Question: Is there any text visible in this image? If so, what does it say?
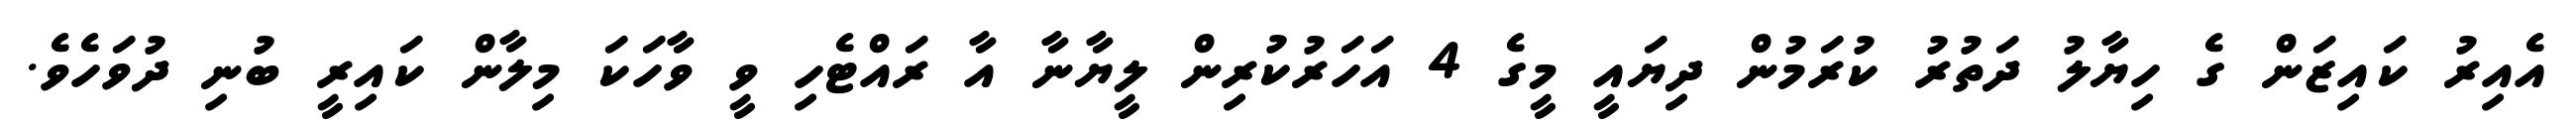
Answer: އެއިރު ކައިޒަން ގެ ހިޔާލު ދަތުރު ކުރަމުން ދިޔައީ މީގެ 4 އަހަރުކުރިން ލީޔާނާ އާ ރައްޓެހި ވީ ވާހަކަ މިލާން ކައިރީ ބުނި ދުވަހެވެ.